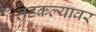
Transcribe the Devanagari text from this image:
तडकल्यावर